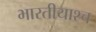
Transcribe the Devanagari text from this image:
भारतीयाश्च